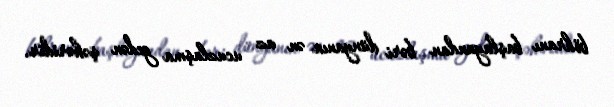
böhranı başlayandan bəri dünyanın ən az ucuzlaşma gedən şəhəridir.